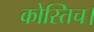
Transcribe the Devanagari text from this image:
कोस्तिच।